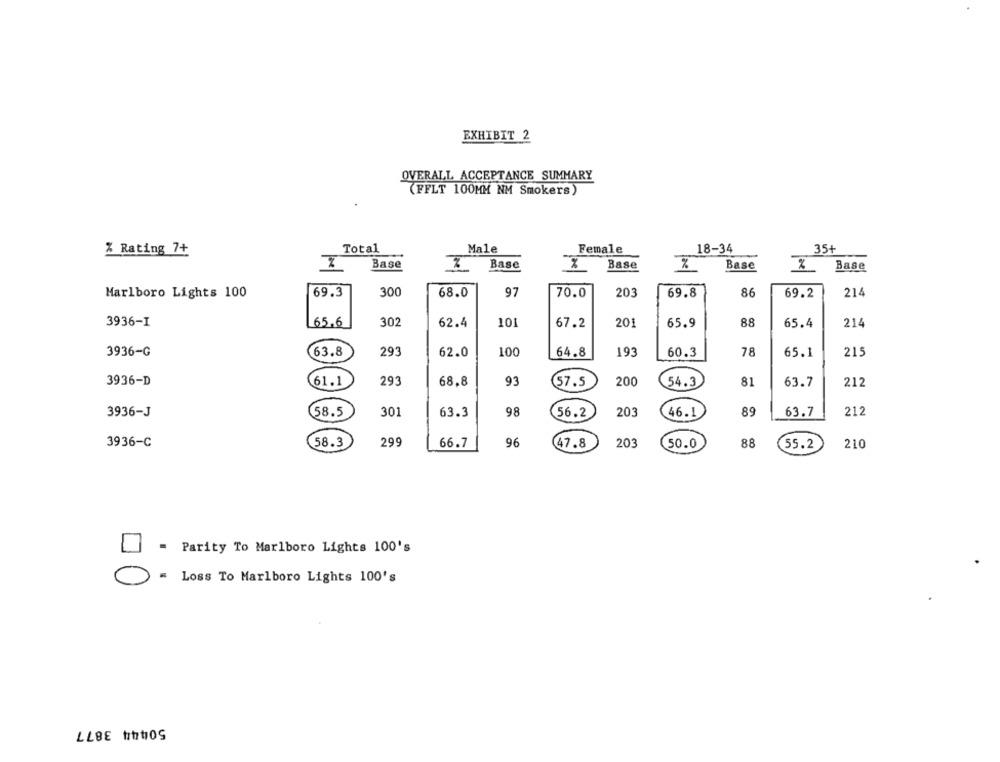
EXHIBIT 2
OVERALL ACCEPTANCE SUMMARY
(FFLT 100MM NM Smokers)
% Rating 7+
%
Total
Male
Female
18-34
35+
Base
Base
Base
%
Base
%
Base
Marlboro Lights 100
69.3
300
68.0
97
70.0
203
69.8
86
69.2
214
3936-I
65.6
30
62.4
101
67.2
201
65.9
88
65.4
214
3936-G
63.8
29
62.0
100
64.8
193
60.3
78
65.1
215
3936-D
61.1
293
68.8
93
200
54.3
212
(57.5
81
63.7
203
89
63.7
212
3936-J
58.5
301
63.3
98
56.2
(46.1
58.3
299
66.7
96
203
50.0
88
3936-C
47.8
55.2
210
= Parity To Marlboro Lights 100's
= Loss To Marlboro Lights 100's
50444 3877